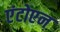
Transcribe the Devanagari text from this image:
एंटोएन